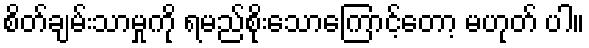
စိတ်ချမ်းသာမှုကို ရမည်စိုးသောကြောင့်တော့ မဟုတ် ပါ။